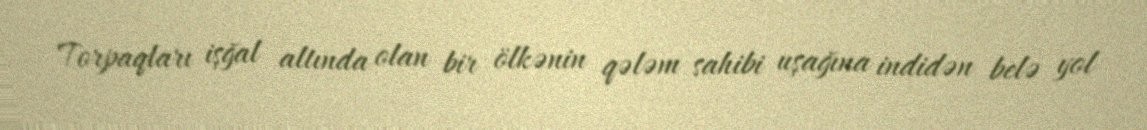
Torpaqları işğal altında olan bir ölkənin qələm sahibi uşağına indidən belə yol